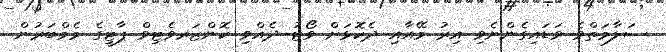
ސަލާމަތްވެ ވަޑައިގެންނެވި އިރު މޭއާއި ދެކޮޅަށް ވޯޓު ދެއްވި ކޮންޒަރވެޓިވް ޕާޓީގެ މެމްބަރުން